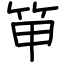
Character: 笚